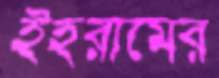
ইহরামের